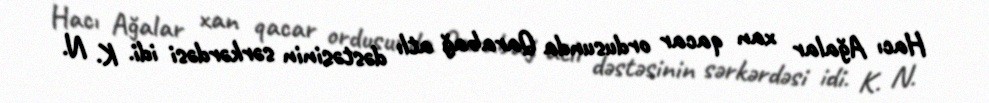
Hacı Ağalar xan qacar ordusunda Qarabağ atlı dəstəsinin sərkərdəsi idi. K. N.